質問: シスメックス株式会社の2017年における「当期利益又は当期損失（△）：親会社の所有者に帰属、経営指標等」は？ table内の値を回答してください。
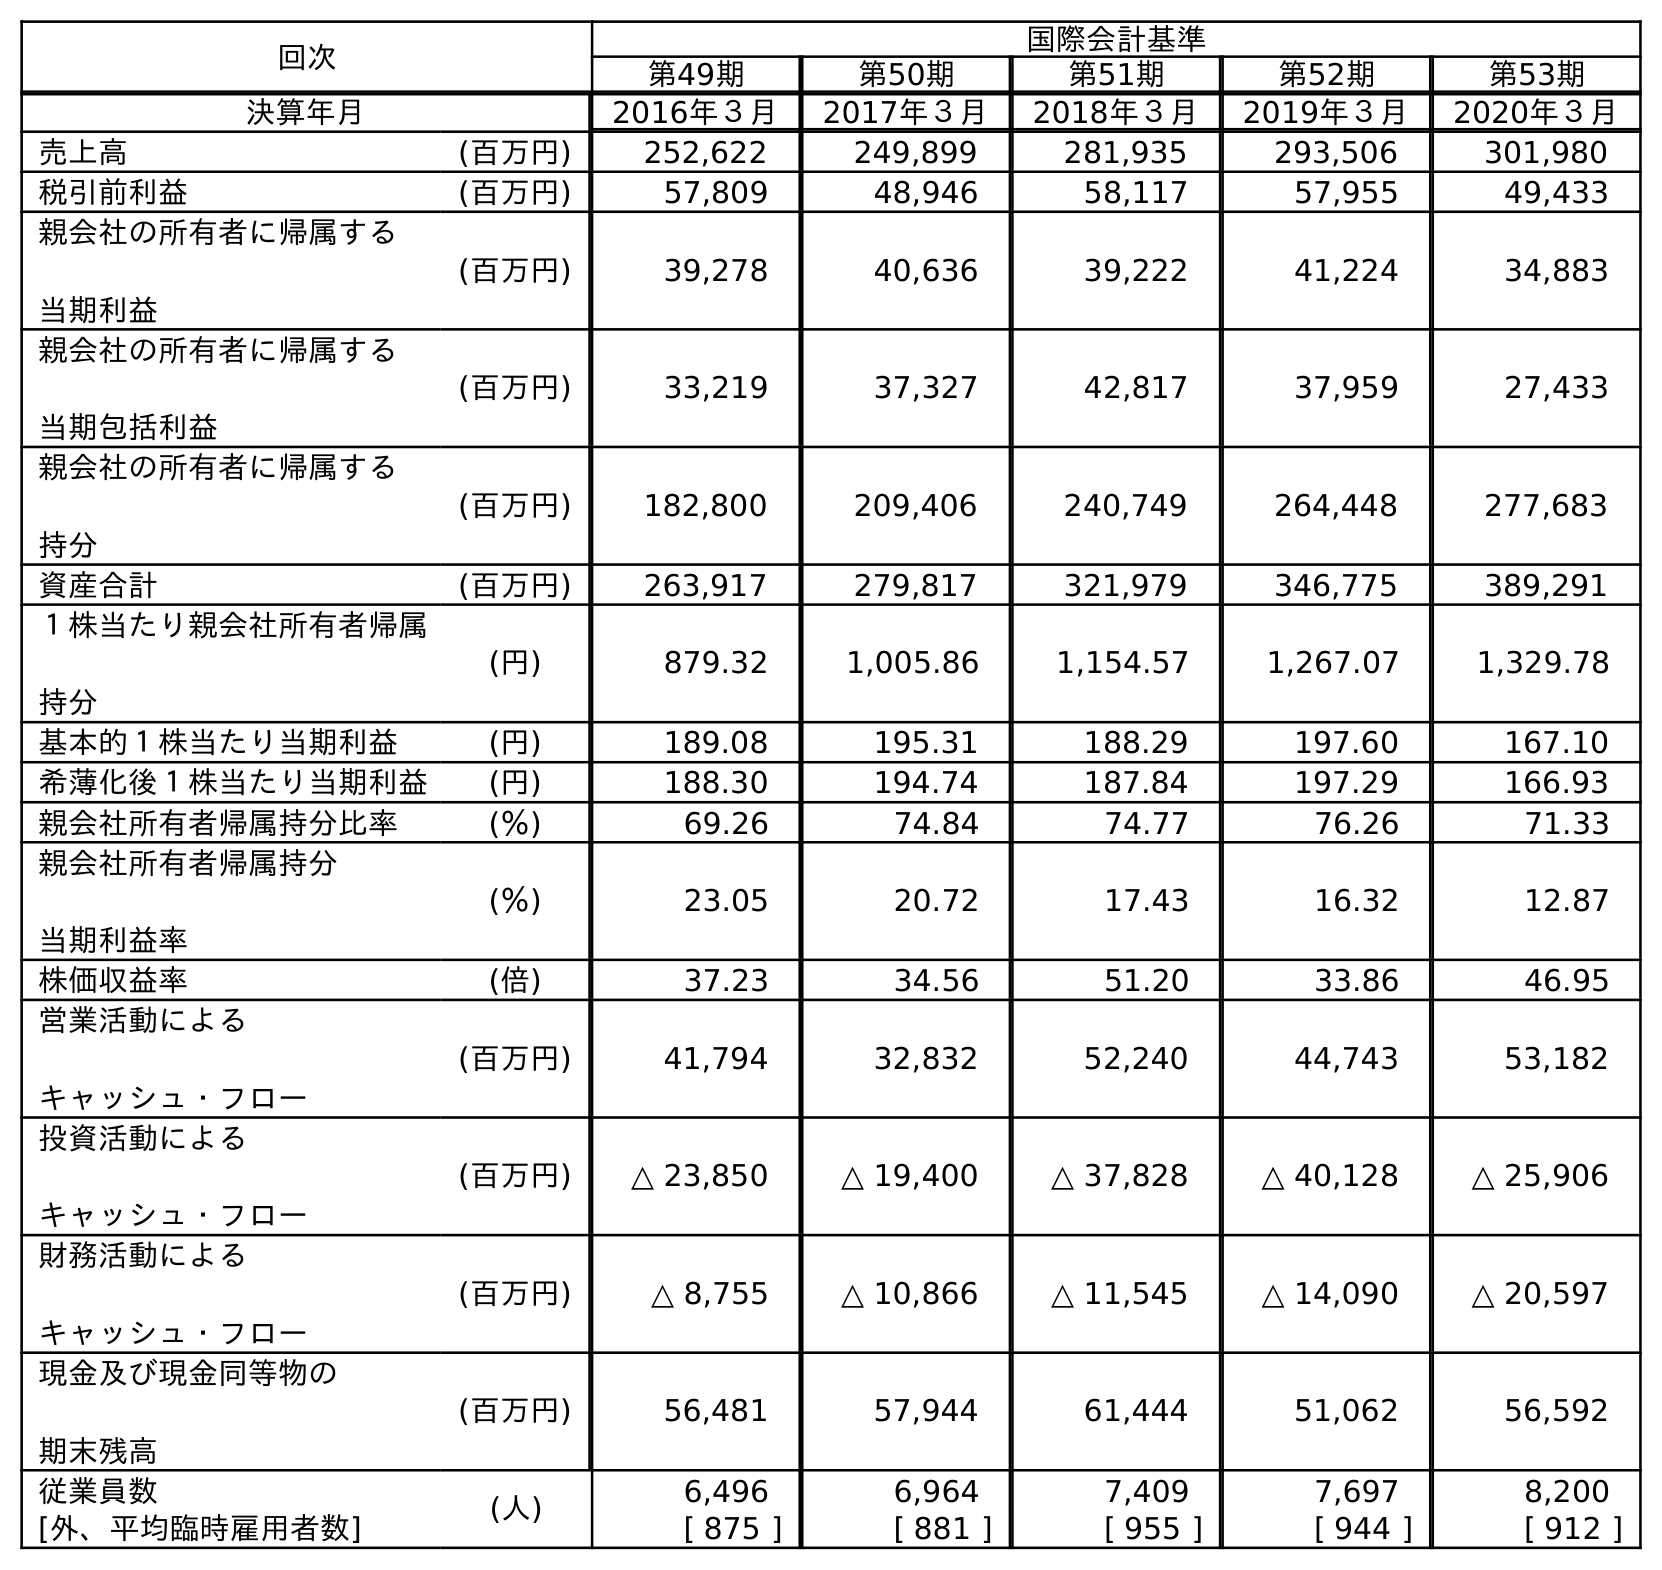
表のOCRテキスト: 回次 国際会計基準 第49期 第50期 第51期 第52期 第53期 決算年月 2016年３月 2017年３月 2018年３月 2019年３月 2020年３月 売上高 (百万円) 252,622 249,899 281,935 293,506 301,980 税引前利益 (百万円) 57,809 48,946 58,117 57,955 49,433 親会社の所有者に帰属する 当期利益 (百万円) 39,278 40,636 39,222 41,224 34,883 親会社の所有者に帰属する 当期包括利益 (百万円) 33,219 37,327 42,817 37,959 27,433 親会社の所有者に帰属する 持分 (百万円) 182,800 209,406 240,749 264,448 277,683 資産合計 (百万円) 263,917 279,817 321,979 346,775 389,291 １株当たり親会社所有者帰属 持分 (円) 879.32 1,005.86 1,154.57 1,267.07 1,329.78 基本的１株当たり当期利益 (円) 189.08 195.31 188.29 197.60 167.10 希薄化後１株当たり当期利益 (円) 188.30 194.74 187.84 197.29 166.93 親会社所有者帰属持分比率 (％) 69.26 74.84 74.77 76.26 71.33 親会社所有者帰属持分 当期利益率 (％) 23.05 20.72 17.43 16.32 12.87 株価収益率 (倍) 37.23 34.56 51.20 33.86 46.95 営業活動による キャッシュ・フロー (百万円) 41,794 32,832 52,240 44,743 53,182 投資活動による キャッシュ・フロー (百万円) △ 23,850 △ 19,400 △ 37,828 △ 40,128 △ 25,906 財務活動による キャッシュ・フロー (百万円) △ 8,755 △ 10,866 △ 11,545 △ 14,090 △ 20,597 現金及び現金同等物の 期末残高 (百万円) 56,481 57,944 61,444 51,062 56,592 従業員数 (人) 6,496 6,964 7,409 7,697 8,200 [外、平均臨時雇用者数] [ 875 ] [ 881 ] [ 955 ] [ 944 ] [ 912 ]
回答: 40,636